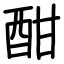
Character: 酣